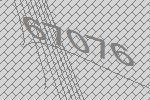
67076